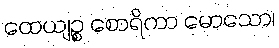
ထေယျဉ္စ စောရိကာ မောသော၊